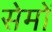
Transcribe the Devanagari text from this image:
सेमों